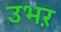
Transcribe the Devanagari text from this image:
उभऱ